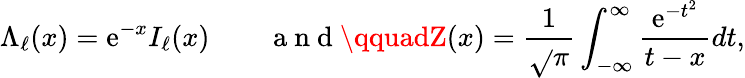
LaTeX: \Lambda_{\ell}(x)=\mathrm{e}^{-x}I_{\ell}(x)\qquad\mathrm{{~a~n~d~}}\qquadZ(x)=\frac{{1}}{{\sqrt{}{{\pi}}}}\int_{-\infty}^{\infty}\frac{{\mathrm{e}^{-t^{2}}}}{{t-x}}dt,